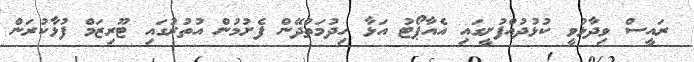
ރައީސް ވިދާޅުވީ ކުޅުދުއްފުށީގައި އެއާޕޯޓު އަޅާ ހިދުމަތްދޭން ފެށުމުން އުތުރުގައި ޓޫރިޒަމް ފުޅާކުރަން